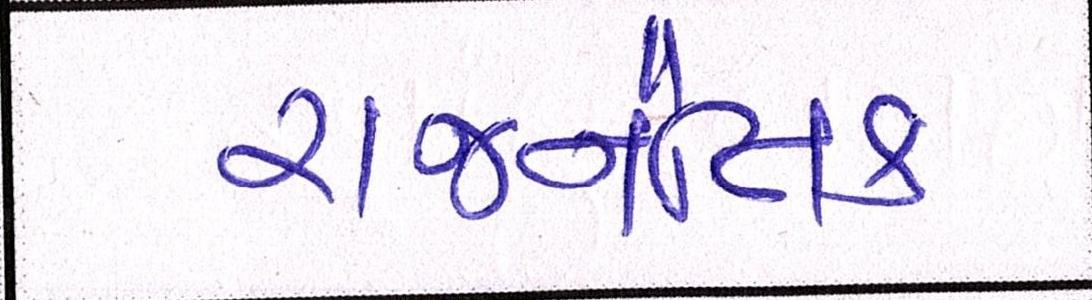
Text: રાજનૈતિક